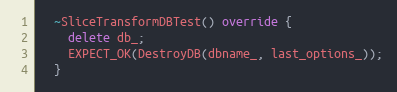
Language: C++
  ~SliceTransformDBTest() override {
    delete db_;
    EXPECT_OK(DestroyDB(dbname_, last_options_));
  }